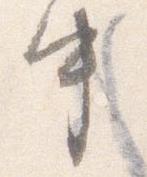
中